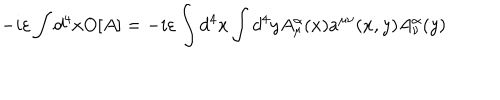
LaTeX: - i \varepsilon \int d ^ { 4 } x O [ A ] = - i \varepsilon \int d ^ { 4 } x \int d ^ { 4 } y A _ { \mu } ^ { \alpha } ( x ) a ^ { \mu \nu } ( x , y ) A _ { \nu } ^ { \alpha } ( y )